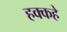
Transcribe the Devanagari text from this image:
हक्कहे